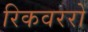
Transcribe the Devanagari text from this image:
रिकवररों